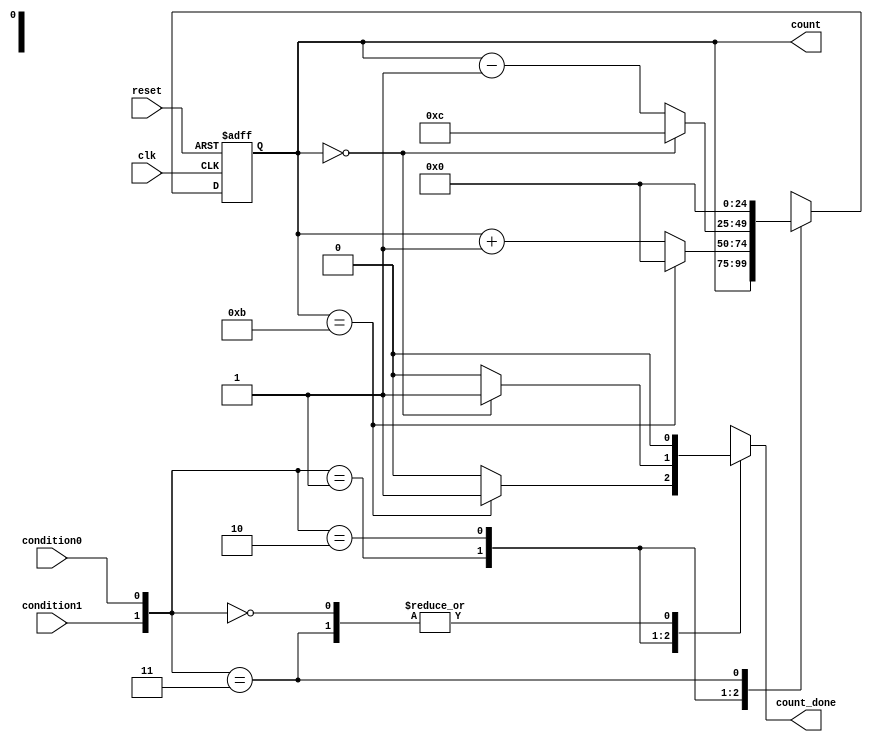
`timescale 1ns / 1ps
//Adam Satar
//11.13.18
//universal up down counter with parallel load and count_done signal
//outputs the current count value
//takes two 1 bit condition signals and concatenates them to determine the 
//current state
//00 is idle
//01 is count up
//10 is count down
//11 is parallel load
//.PARALLEL_LOAD(1'b0),.BITS(6'd32),.INITIAL_COUNT(1'b0),.END_COUNT(EndCount))
module nbit_cntr #(parameter BITS = 6'd25, INITIAL_COUNT = 25
'd0, END_COUNT = 25'd12, PARALLEL_LOAD = 25'd0)
(	
	input clk,reset,condition0,condition1,
	//input [BITS - 1:0] initial_count, end_count,p_load,
	output reg [BITS - 1: 0] count,
	output reg count_done
);


reg [BITS - 1: 0] next_count;

localparam idle_state = 2'b00, count_up_state = 2'b01, count_down_state = 2'b10, p_load_state = 2'b11;

always @(posedge clk or posedge reset)
	if(reset == 1'b1)
		count <= INITIAL_COUNT;
	else 
		count <= next_count;
		
always @(count or condition0 or condition1)
	case ({condition1, condition0})
		idle_state:			begin next_count <= count; count_done <= 1'b0; end //idle
		count_up_state: 	begin if(count == END_COUNT - 1'b1) begin count_done <= 1'b1; next_count <= 1'b0;end 
									 else begin count_done <= 1'b0; next_count <= count + 1'b1; end //count up
								end
		count_down_state: begin if(count == INITIAL_COUNT) begin count_done <= 1'b1; next_count <= END_COUNT; end
										else begin count_done <= 1'b0; next_count <= count - 1'b1; end //count down
								end
		p_load_state: 		begin next_count <= PARALLEL_LOAD; count_done <= 1'b0; end //parallel load
	endcase 
	
endmodule